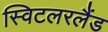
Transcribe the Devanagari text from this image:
स्विटलरलैंड